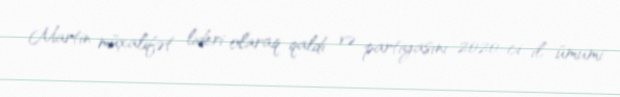
Martin müxalifət lideri olaraq qaldı və partiyasını 2020-ci il ümumi